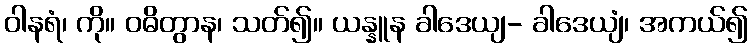
ဝါနရံ၊ ကို။ ဝဓိတွာန၊ သတ်၍။ ယန္နူန ခါဒေယျ- ခါဒေယျံ၊ အကယ်၍